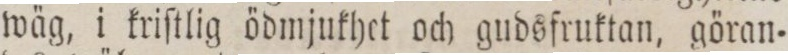
wäg, i kriſtlig ödmjukhet och gudsfruktan, göran=